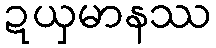
ဍယှမာနဿ